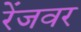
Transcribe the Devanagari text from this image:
रेंजवर